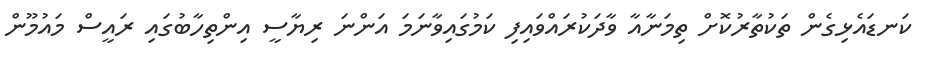
ކަނޑައެޅިގެން ތަކުތާރުކޮށް ތިމަނާއާ ވާދަކުރައްވައިފި ކަމުގައިވާނަމަ އަންނަ ރިޔާސީ އިންތިހާބުގައި ރައީސް މައުމޫން